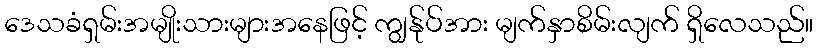
ဒေသခံရှမ်းအမျိုးသားများအနေဖြင့် ကျွန်ုပ်အား မျက်နှာစိမ်းလျက် ရှိလေသည်။